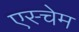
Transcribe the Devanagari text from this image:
एस्चेम